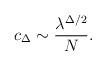
LaTeX: \begin{align*}c_\Delta \sim \frac{\lambda^{\Delta/2}}{N}. \end{align*}